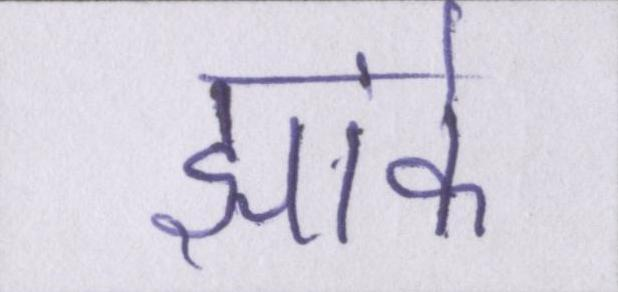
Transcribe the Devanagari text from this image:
झांके